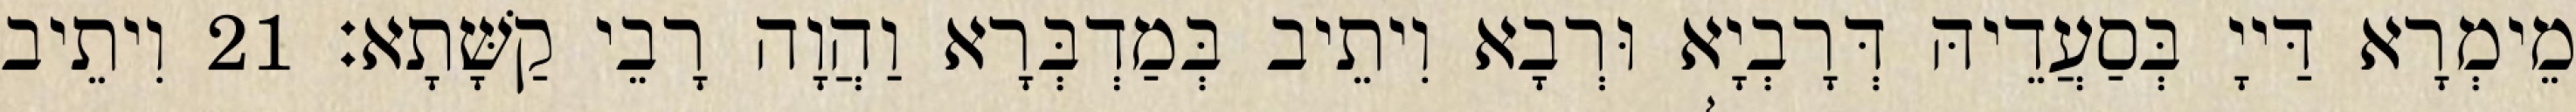
מֵימְרָא דַּייָ בְּסַעֲדֵיהּ דְּרָבְיָא וּרְבָא וִיתֵיב בְּמַדְבְּרָא וַהֲוָה רָבֵי קַשָּׁתָא׃ 21 וִיתֵיב